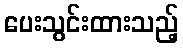
ပေးသွင်းထားသည့်